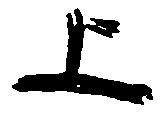
上